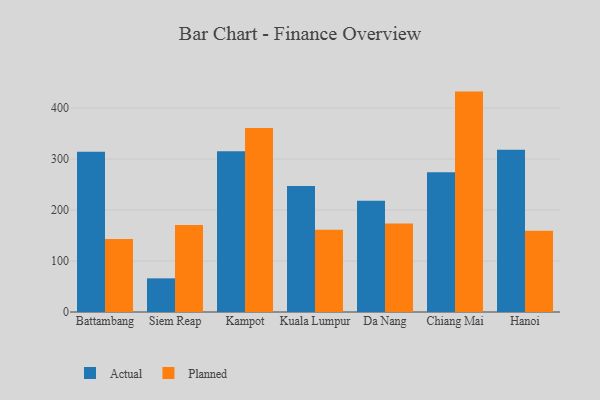
{"axis": {"x": "City", "y": "Energy Usage (MWh)"}, "legend": ["Actual", "Planned"], "data": [{"x": "Battambang", "y": 314.1, "type": "Actual"}, {"x": "Battambang", "y": 143.3, "type": "Planned"}, {"x": "Siem Reap", "y": 66.0, "type": "Actual"}, {"x": "Siem Reap", "y": 170.7, "type": "Planned"}, {"x": "Kampot", "y": 315.3, "type": "Actual"}, {"x": "Kampot", "y": 361.1, "type": "Planned"}, {"x": "Kuala Lumpur", "y": 247.3, "type": "Actual"}, {"x": "Kuala Lumpur", "y": 161.4, "type": "Planned"}, {"x": "Da Nang", "y": 218.1, "type": "Actual"}, {"x": "Da Nang", "y": 173.8, "type": "Planned"}, {"x": "Chiang Mai", "y": 274.2, "type": "Actual"}, {"x": "Chiang Mai", "y": 432.3, "type": "Planned"}, {"x": "Hanoi", "y": 318.2, "type": "Actual"}, {"x": "Hanoi", "y": 159.3, "type": "Planned"}]}